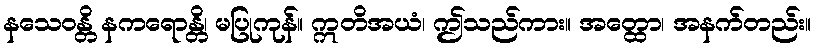
နသေဝန္တိ နကရောန္တိ၊ မပြုကုန်။ ဣတိအယံ၊ ဤသည်ကား။ အတ္ထော၊ အနက်တည်း။